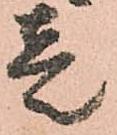
壱